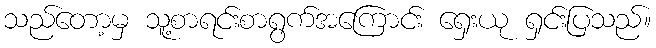
သည်တော့မှ သူ့စာရင်းစာရွက်အကြောင်း ရှေးယု ရှင်းပြသည်။